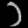
Digit: ၁